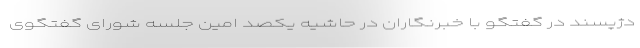
دژپسند در گفتگو با خبرنگاران در حاشیه یکصد امین جلسه شورای گفتگوی